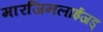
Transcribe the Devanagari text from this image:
मारजिनलाईजड्